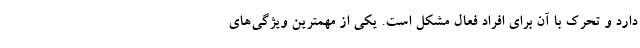
دارد و تحرک با آن برای افراد فعال مشکل است. یکی از مهمترین ویژگی‌های